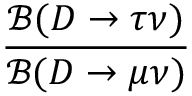
\frac { \mathcal { B } ( D \to \tau \nu ) } { \mathcal { B } ( D \to \mu \nu ) }